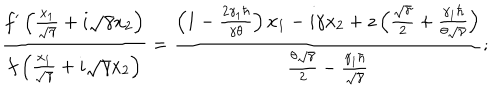
LaTeX: \frac { f ^ { \prime } \left( \frac { x _ { 1 } } { \sqrt { \gamma } } + i \sqrt { \gamma } x _ { 2 } \right) } { f \left( \frac { x _ { 1 } } { \sqrt { \gamma } } + i \sqrt { \gamma } x _ { 2 } \right) } = \frac { \left( 1 - \frac { 2 \gamma _ { 1 } \hbar } { \gamma \theta } \right) x _ { 1 } - i \gamma x _ { 2 } + z \left( \frac { \sqrt { \gamma } } { 2 } + \frac { \gamma _ { 1 } \hbar } { \theta \sqrt { \gamma } } \right) } { \frac { \theta \sqrt { \gamma } } { 2 } - \frac { \gamma _ { 1 } \hbar } { \sqrt { \gamma } } } ;